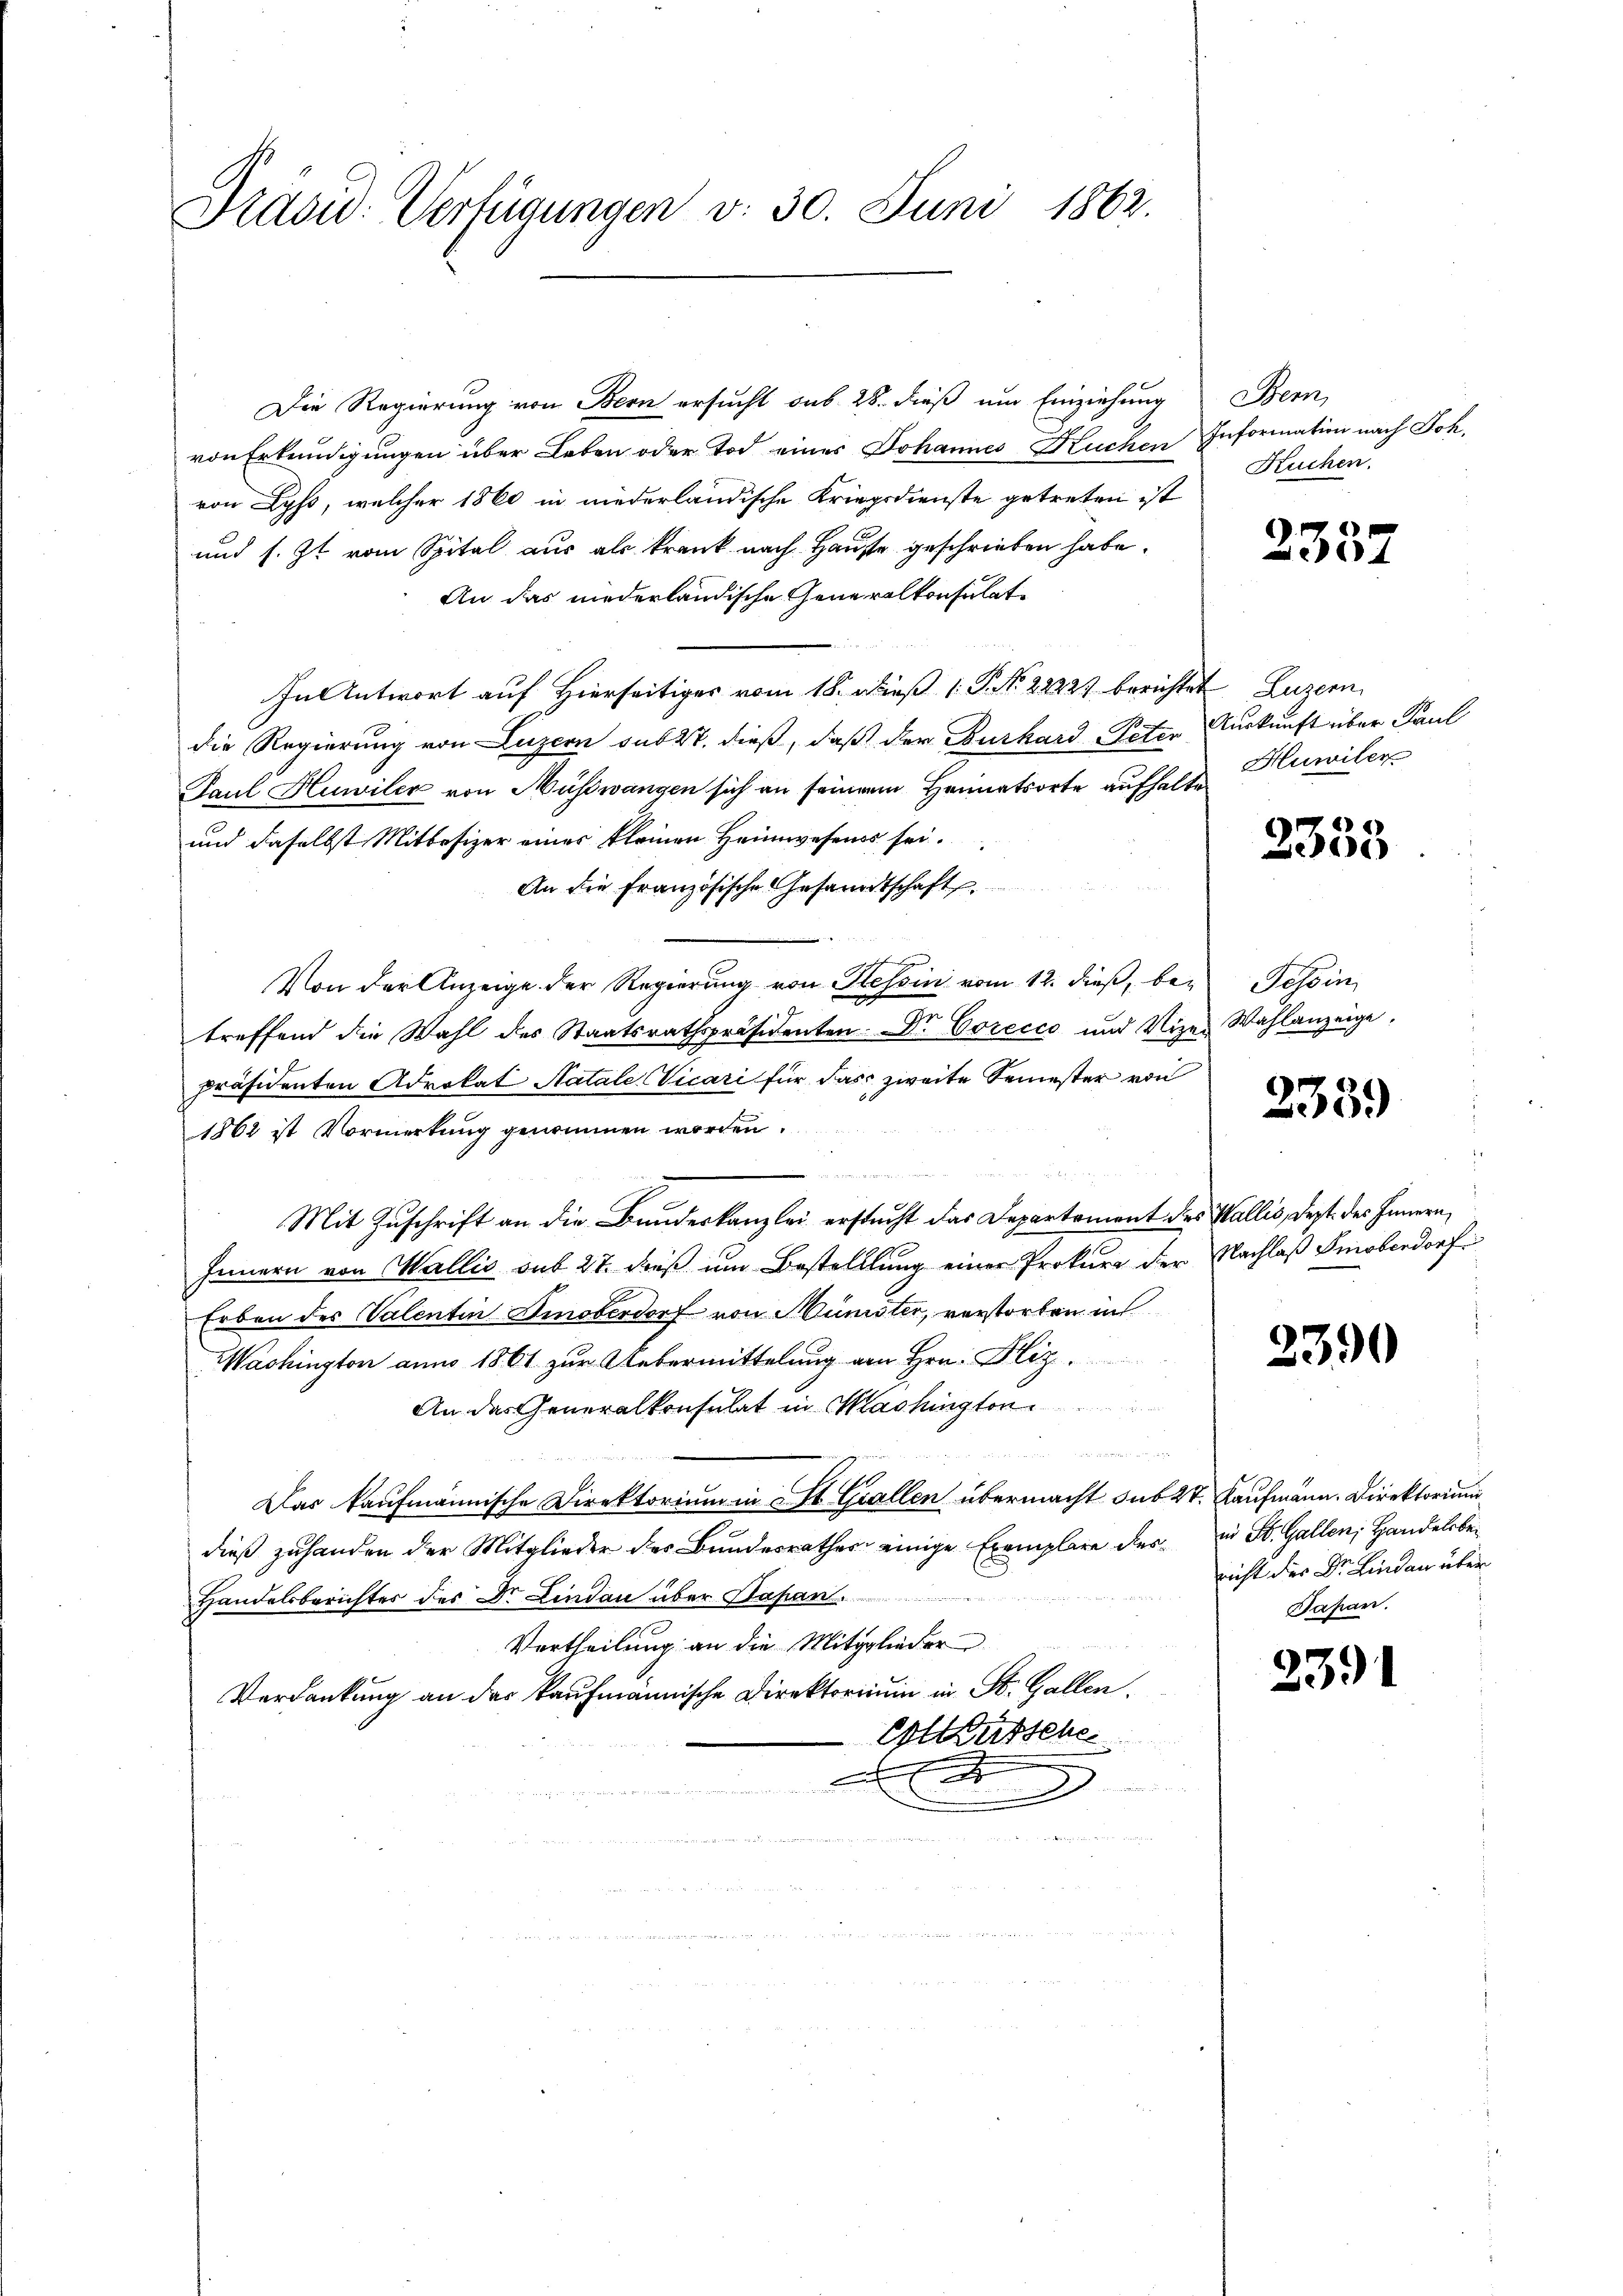
Präsid: Verfügungen v. 30. Juni 1862.

Die Regierung von Bern ersucht sub 28. dieß um Einziehung Bern,
von Erkundigungen über Leben oder Tod einer Johannes Kuchen Information nach Joh.
von Lyss, welcher 1860 in niederländische Kriegsdienste getreten ist
und s. Zt. vom Spital aus als krank nach Hause geschrieben habe.
An das niederländische Generalkonsulate
In Antwort auf Hierseitiges vom 18. dieß 1 P. No. 22927 berichtet Luzern
die Regierung von Luzern sub 27. dieß, daß der Burkard Peter Auskunft über Paul
Paul Huwiler von Müsswangen sich an seinem Heimatsorte aufhalte Huwiler
und daselbst Mittefizer eines kleinen Heimwesens sei.
An die Französische Gesandtschaft
Von der Anzeige der Regierung von Hessin vom 12. dieß, be¬ Tessin
treffend die Wahl des Staatsrathspräsidenten. Dr. Corecco und Vizes Wahlanzeige.
präsidenten Advokat Natale Vicari für das zweite Semester von
1862 ist Vormerkung genommen worden.
u
Mit Zuschrift an die Bundeskanzlei erstucht das Departement des Wallis, dest des Innern,
Innern von Wallis sub 27. dieß um Bestelllung einer Prokura der Nachlaß Smoberdorf
Erben des Valentin Emoberdorf von Münister, verstorben in
Washington anno 1861 zur Uebermittelung von Hrn. Bliz
An das Generalkonsulat in Mashington
n
Das kaufmännische Direktorium in St. Gallen übermacht sub 27. Kaufmann. Direktorium
dieß zuhanden der Mitglieder des Bundesrathes einige Exemplare des in St. Gallen, Handelsbe¬
Handelsberichter des Dr. Lindau über Sapan.
Vertheilung an die Mitglieder
Verdankung an der Kaufmännische Direktorium in St. Gallen.
Exteütsche
9

Kuchen.

2337

2333

333.

2390

nicht der Dr. Lindau über
Dapan.

2391